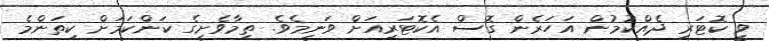
ވީ ކޮޓަރި ދެއްކުމުން އަހަރެން ގޮސް އެކޮޓަރިއަށް ވަނީމެވެ. ތިމާވެށީގެ ކަންކަމަށް ކިތަންމެ